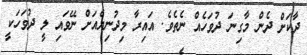
ދާކަށް ދެން މާގިނަ ދުވަހެއް ނެތެވެ. އައިރާ މިދުނިޔެއަށް ނޭވައި ލީ ދުވަހަކީ